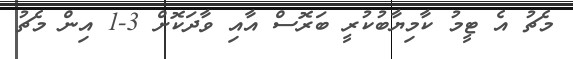
މެޗު އެ ޓީމު ކާމިޔާބުކުރީ ބަރޮސް އާއި ވާދަކޮށް 3-1 އިން މެޗު